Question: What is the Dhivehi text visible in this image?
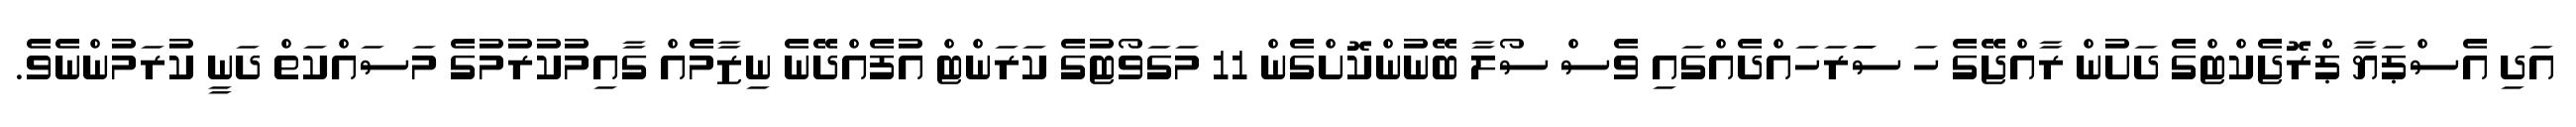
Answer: އަދި އެސްޕަޔާ ޕްރޮޖެކްޓްގެ ދަށުން ރާއްޖޭގެ ހަ ސަަރަހައްދެއްގައި ވެސް ސޯލާ ބޭނުންކޮށްގެން 11 މަގަވޯޓުގެ ކަރަންޓް އުފެއްދޭނެ ނިޒާމެއް ގާއިމުކުރުމުގެ މަސައްކަތް ދަނީ ކުރަމުންނެވެ.